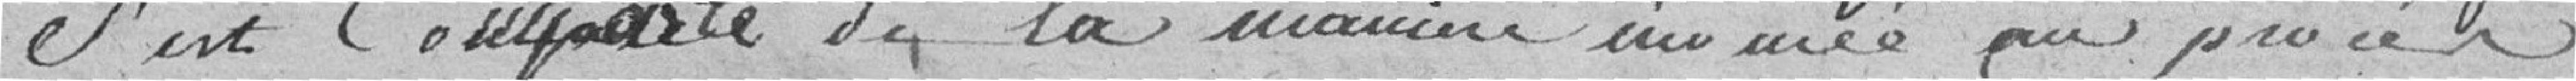
S'est Comporté de la manière énoncée au procès